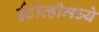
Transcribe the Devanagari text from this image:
ईटीव्हीमध्ये